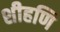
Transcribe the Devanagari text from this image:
शीहणि